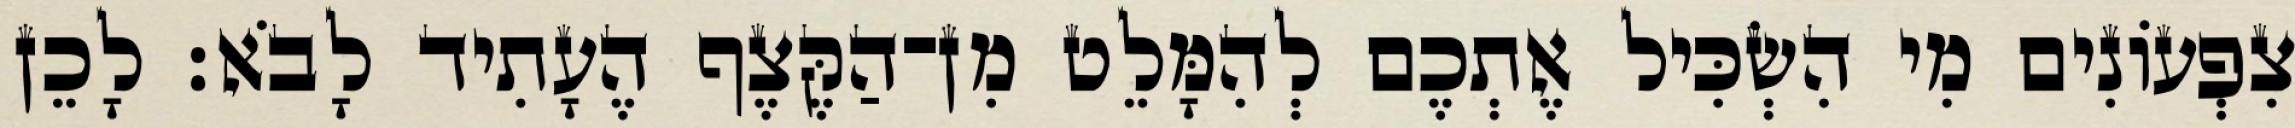
צִפְעוֹנִים מִי הִשְׂכִּיל אֶתְכֶם לְהִמָּלֵט מִן־הַקֶּצֶף הֶעָתִיד לָבֹא׃ לָכֵן